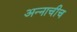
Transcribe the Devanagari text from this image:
अन्नाचीच